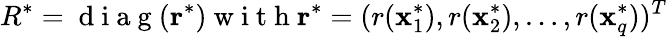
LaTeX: R^{*}=\mathrm{~d~i~a~g~}(\mathbf{r}^{*})\mathrm{~w~i~t~h~}\mathbf{r}^{*}=(r(\mathbf{x}_{1}^{*}),r(\mathbf{x}_{2}^{*}),\ldots,r(\mathbf{x}_{q}^{*}))^{T}